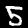
Label: 5